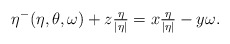
\begin{align*}\eta^-(\eta,\theta,\omega)+z\tfrac{\eta}{|\eta|}= x\tfrac{\eta}{|\eta|} - y\omega .\end{align*}